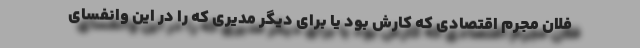
فلان مجرم اقتصادی که کارش بود یا برای دیگر مدیری که را در این وانفسای